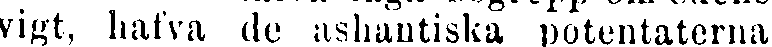
vigt, hafva de ashantiska potentaterna